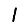
Digit: 1